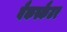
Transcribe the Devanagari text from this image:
बैकस्कैटर